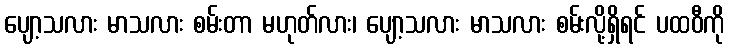
ပျော့သလား မာသလား စမ်းတာ မဟုတ်လား၊ ပျော့သလား မာသလား စမ်းလို့ရှိရင် ပထဝီကို